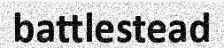
battlestead